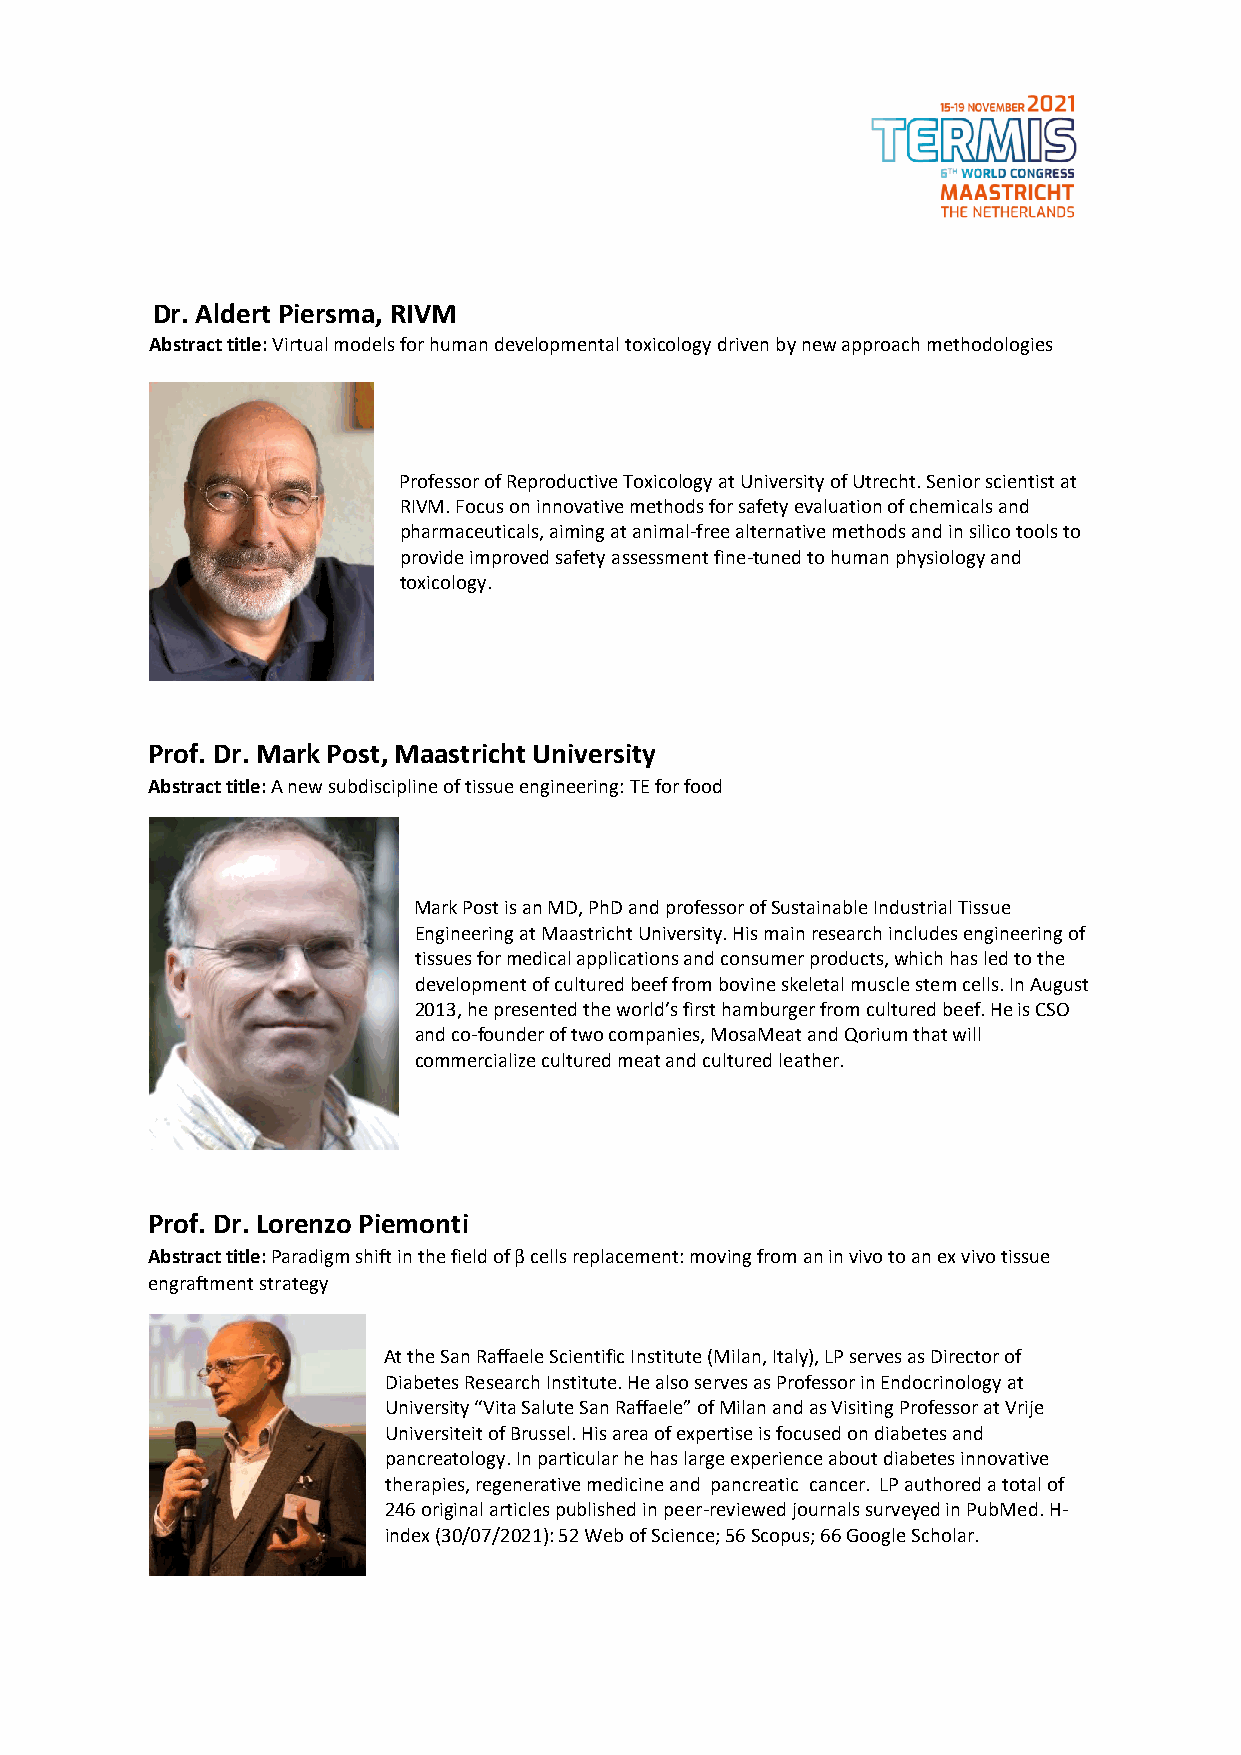
Dr. Aldert Piersma, RIVM
 Abstract title: Virtual models for human developmental toxicology driven by new approach methodologies
 Professor of Reproductive Toxicology at University of Utrecht. Senior scientist at
 RIVM. Focus on innovative methods for safety evaluation of chemicals and
 pharmaceuticals, aiming at animal-free alternative methods and in silico tools to
 provide improved safety assessment fine-tuned to human physiology and
 toxicology.
 Prof. Dr. Mark Post, Maastricht University
 Abstract title: A new subdiscipline of tissue engineering: TE for food
 Mark Post is an MD, PhD and professor of Sustainable Industrial Tissue
 Engineering at Maastricht University. His main research includes engineering of
 tissues for medical applications and consumer products, which has led to the
 development of cultured beef from bovine skeletal muscle stem cells. In August
 2013, he presented the world’s first hamburger from cultured beef. He is CSO
 and co-founder of two companies, MosaMeat and Qorium that will
 commercialize cultured meat and cultured leather.
 Prof. Dr. Lorenzo Piemonti
 Abstract title: Paradigm shift in the field of β cells replacement: moving from an in vivo to an ex vivo tissue
 engraftment strategy
 At the San Raffaele Scientific Institute (Milan, Italy), LP serves as Director of
 Diabetes Research Institute. He also serves as Professor in Endocrinology at
 University “Vita Salute San Raffaele” of Milan and as Visiting Professor at Vrije
 Universiteit of Brussel. His area of expertise is focused on diabetes and
 pancreatology. In particular he has large experience about diabetes innovative
 therapies, regenerative medicine and pancreatic cancer. LP authored a total of
 246 original articles published in peer-reviewed journals surveyed in PubMed. H-
 index (30/07/2021): 52 Web of Science; 56 Scopus; 66 Google Scholar.